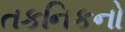
તકનિકનો